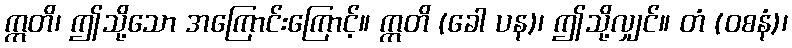
ဣတိ၊ ဤသို့သော အကြောင်းကြောင့်။ ဣတိ (ခေါ ပန)၊ ဤသို့လျှင်။ တံ (ဝစနံ)၊